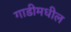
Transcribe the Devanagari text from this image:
गाडीमधील